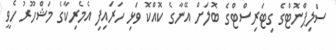
ސްލިޕްނޮޓްގެ ގިޓަރިސްޓްގެ ބޮލަށް އޭނާގެ ކޮއްކޮ ވަޅި ހަރައިފި އެމެރިކާގެ މަޝްހޫރު ހެވީ